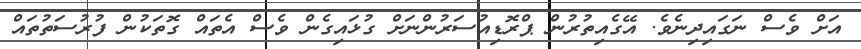
އަށް ވެސް ނަގައިދިނެވެ. އޭގެއިތުރުން ޕްރޮޑިއުސަރުންނަށް ގުޅައިގެން ވެސް އެތައް ގޮތަކުން ފުރުސަތުތައް